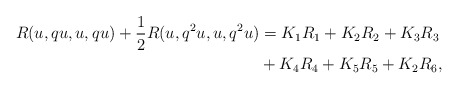
\begin{align*} R(u,qu,u,qu)+\frac{1}{2}R(u,q^{2}u,u,q^{2}u)&=K_{1} R_{1}+ K_{2} R_{2}+K_{3} R_{3}\\&+K_{4} R_{4}+K_{5} R_{5}+K_{2} R_{6}, \end{align*}